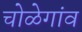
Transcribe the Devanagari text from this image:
चोळेगांव